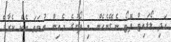
އަދި ލޯލައިޓް ފޮޓޯ ނެގޭނެހެން މި ފޯނުގެ މެއިން ނުވަތަ ބެކް ކެެރާގެ